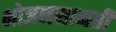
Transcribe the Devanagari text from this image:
भोजनसामग्री